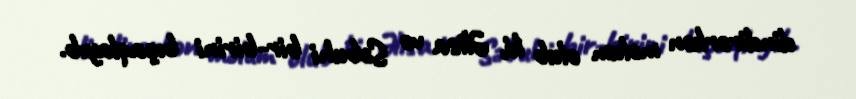
dindirərkən məlum olub ki, Əlisa və Səbuhi bir-birini bıçaqlayıb.